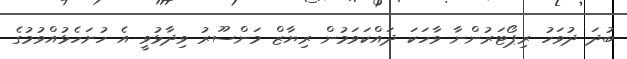
ބުދަ ދުވަހު ރިޕޯޓަރުންނާ ވާހަކަ ދައްކަވަމުން ރިޔާޒް މަންސޫރު ވިދާޅުވީ އެ ހުށަހެޅުއްވުމުގެ